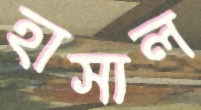
হাসাল